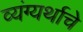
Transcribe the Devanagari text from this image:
व्यंग्यर्थाचे